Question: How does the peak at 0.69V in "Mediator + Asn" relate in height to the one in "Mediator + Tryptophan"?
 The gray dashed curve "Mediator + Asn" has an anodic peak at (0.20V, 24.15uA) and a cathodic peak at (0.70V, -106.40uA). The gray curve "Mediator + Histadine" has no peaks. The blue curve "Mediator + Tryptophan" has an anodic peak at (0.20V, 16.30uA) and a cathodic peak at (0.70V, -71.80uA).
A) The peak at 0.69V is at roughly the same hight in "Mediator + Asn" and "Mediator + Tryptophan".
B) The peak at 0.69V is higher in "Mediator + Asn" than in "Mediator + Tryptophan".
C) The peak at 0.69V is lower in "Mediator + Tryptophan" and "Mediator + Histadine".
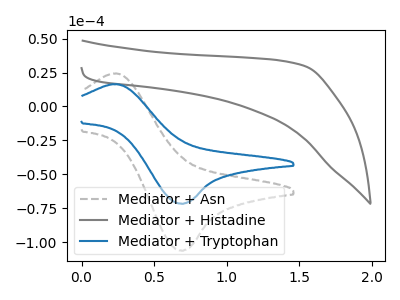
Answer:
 <answer>B) The peak at 0.69V is higher in "Mediator + Asn" than in "Mediator + Tryptophan".</answer>
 <eval>B</eval>